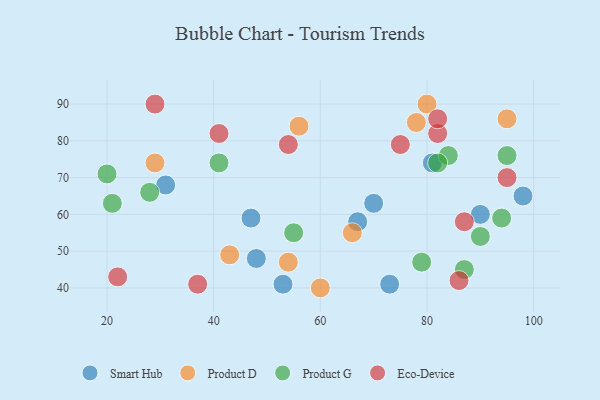
{"axis": {"x": "GDP", "y": "Life Expectancy"}, "legend": ["Eco-Device", "Product D", "Product G", "Smart Hub"], "data": [{"x": "53", "y": 41, "type": "Smart Hub"}, {"x": "70", "y": 63, "type": "Smart Hub"}, {"x": "90", "y": 60, "type": "Smart Hub"}, {"x": "67", "y": 58, "type": "Smart Hub"}, {"x": "48", "y": 48, "type": "Smart Hub"}, {"x": "47", "y": 59, "type": "Smart Hub"}, {"x": "98", "y": 65, "type": "Smart Hub"}, {"x": "81", "y": 74, "type": "Smart Hub"}, {"x": "31", "y": 68, "type": "Smart Hub"}, {"x": "73", "y": 41, "type": "Smart Hub"}, {"x": "66", "y": 55, "type": "Product D"}, {"x": "95", "y": 86, "type": "Product D"}, {"x": "60", "y": 40, "type": "Product D"}, {"x": "43", "y": 49, "type": "Product D"}, {"x": "56", "y": 84, "type": "Product D"}, {"x": "80", "y": 90, "type": "Product D"}, {"x": "78", "y": 85, "type": "Product D"}, {"x": "54", "y": 47, "type": "Product D"}, {"x": "29", "y": 74, "type": "Product D"}, {"x": "21", "y": 63, "type": "Product G"}, {"x": "84", "y": 76, "type": "Product G"}, {"x": "94", "y": 59, "type": "Product G"}, {"x": "55", "y": 55, "type": "Product G"}, {"x": "95", "y": 76, "type": "Product G"}, {"x": "90", "y": 54, "type": "Product G"}, {"x": "82", "y": 74, "type": "Product G"}, {"x": "87", "y": 45, "type": "Product G"}, {"x": "28", "y": 66, "type": "Product G"}, {"x": "79", "y": 47, "type": "Product G"}, {"x": "41", "y": 74, "type": "Product G"}, {"x": "20", "y": 71, "type": "Product G"}, {"x": "95", "y": 70, "type": "Eco-Device"}, {"x": "29", "y": 90, "type": "Eco-Device"}, {"x": "86", "y": 42, "type": "Eco-Device"}, {"x": "54", "y": 79, "type": "Eco-Device"}, {"x": "37", "y": 41, "type": "Eco-Device"}, {"x": "82", "y": 82, "type": "Eco-Device"}, {"x": "82", "y": 86, "type": "Eco-Device"}, {"x": "22", "y": 43, "type": "Eco-Device"}, {"x": "87", "y": 58, "type": "Eco-Device"}, {"x": "41", "y": 82, "type": "Eco-Device"}, {"x": "75", "y": 79, "type": "Eco-Device"}]}